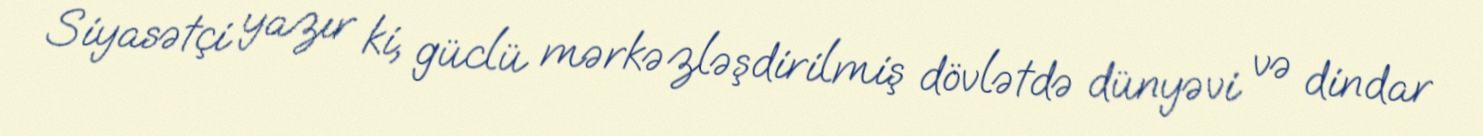
Siyasətçi yazır ki, güclü mərkəzləşdirilmiş dövlətdə dünyəvi və dindar